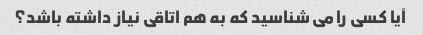
آیا کسی را می شناسید که به هم اتاقی نیاز داشته باشد؟